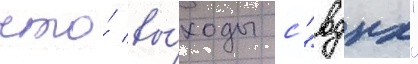
что́ вы́ходы с "вднх"